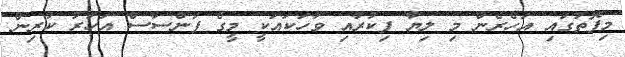
މިފޮތުގައި އަހެރެން މި ލިޔާ ފިކުރާއި ވާހަކައަކީ މީގެ ފަންސާސް އަހަރު ކުރިން